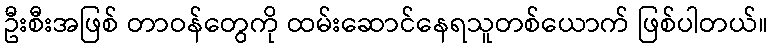
ဦးစီးအဖြစ် တာဝန်တွေကို ထမ်းဆောင်နေရသူတစ်ယောက် ဖြစ်ပါတယ်။